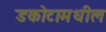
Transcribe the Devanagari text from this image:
डकोटामधील